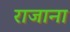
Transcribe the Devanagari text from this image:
राजाना